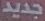
جديد